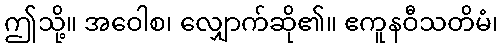
ဤသို့။ အဝေါစ၊ လျှောက်ဆို၏။ ဧကူနဝီသတိမံ၊